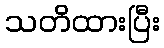
သတိထားပြီး